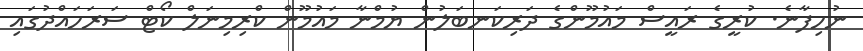
ނުހިފާނެ. ކުރީގެ ރައީސް މައުމޫންގެ ދަރިކަނބަލުން ޔުމްނާ މައުމޫން ކްރިމިނަލް ކޯޓް ސަރަހައްދުގައި